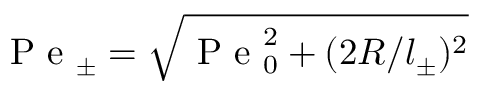
\mathrm { ~ P ~ e ~ } _ { \pm } = \sqrt { \mathrm { ~ P ~ e ~ } _ { 0 } ^ { 2 } + ( 2 R / l _ { \pm } ) ^ { 2 } }